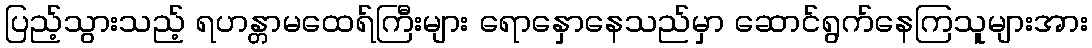
ပြည့်သွားသည့် ရဟန္တာမထေရ်ကြီးများ ရောနှောနေသည်မှာ ဆောင်ရွက်နေကြသူများအား